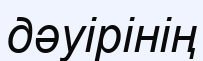
дәуірінің